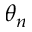
\theta _ { n }